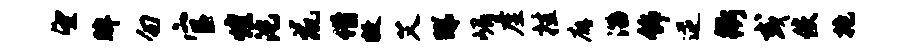
望眸勿官煌沱鼠借敝艾睇嵋虚挂廨淄饰逆衢或使抱